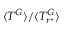
\langle T ^ { G } \rangle / \langle T _ { r ^ { \star } } ^ { G } \rangle